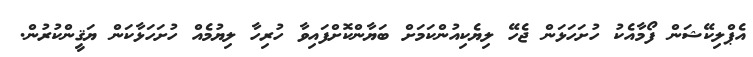
އެޕްލިކޭޝަން ފޯމާއެކު ހުށަހަޅަން ޖެހޭ ލިޔެކިއުންކަމަށް ބަޔާންކޮށްފައިވާ ހުރިހާ ލިޔުމެއް ހުށަހަޅާކަން ޔަޤީންކުރުން.